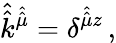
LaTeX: {\hat{\hat{k}}}^{\hat{\hat{\mu}}}=\delta^{{\hat{\hat{\mu}}}z}\, ,